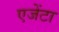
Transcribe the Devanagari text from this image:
एजेंटा